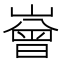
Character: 𡼳